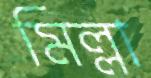
মিল্লা